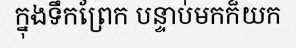
ក្នុងទឹកព្រែក បន្ទាប់មកក៏យក